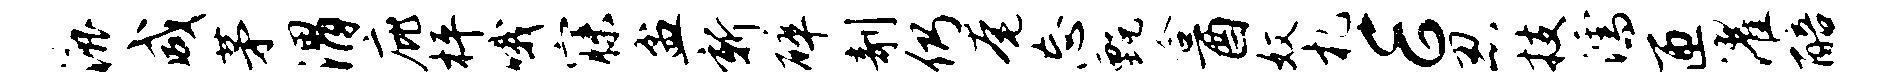
漉咸茅渭庇枰哦寐盆新碎剞仍奄忘甄合酉奴札E忍技濡匝濯醅